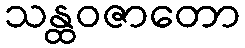
သန္ထဝဇာတော